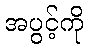
အပွင့်ကို